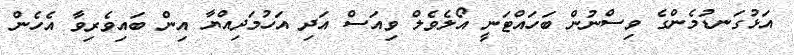
އަޅުގަނޑުމެންގެ ވިސްނުން ބަހައްޓަނީ އޯލެވެލް ވިއަސް އަދި އަހުމަދިއްޔާ އިން ބައިވެރިވާ އެހެން